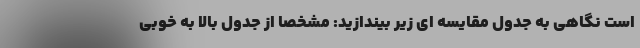
است نگاهی به جدول مقایسه ای زیر بیندازید: مشخصا از جدول بالا به خوبی